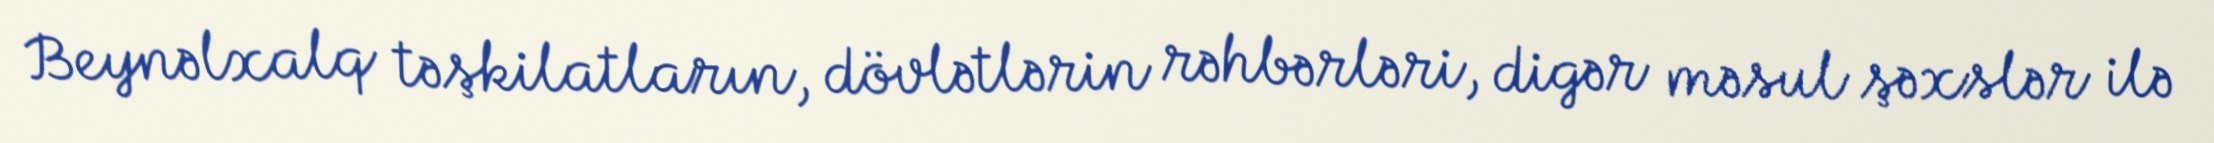
Beynəlxalq təşkilatların, dövlətlərin rəhbərləri, digər məsul şəxslər ilə